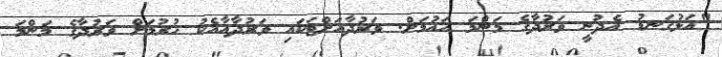
"އަޅުގަނޑު އެދުނީ ވަރުދާގެ މަންމަ އައުމަށް. ވަރުދާއަށްޓަކައި ވަރުދާއާއެކު ހުރުމަށް ވަރުދާގެ މަންމަ